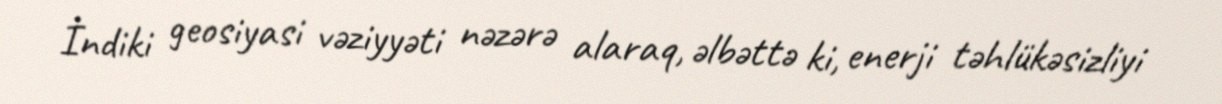
İndiki geosiyasi vəziyyəti nəzərə alaraq, əlbəttə ki, enerji təhlükəsizliyi